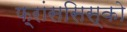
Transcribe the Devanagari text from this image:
फ़्रांससिस्को